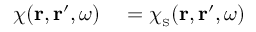
\begin{array} { r l } { \chi ( { \bf r } , { \bf r } ^ { \prime } , \omega ) } & { { } = \chi _ { \scriptscriptstyle \mathrm { S } } ( { \bf r } , { \bf r } ^ { \prime } , \omega ) } \end{array}